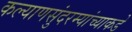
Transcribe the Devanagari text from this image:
कल्याणसुंदरम्यांच्याकडे